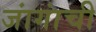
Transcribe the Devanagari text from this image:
जांगांची